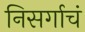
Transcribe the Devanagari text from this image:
निसर्गाचं